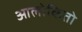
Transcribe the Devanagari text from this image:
आलोकितो